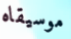
موسيقاه